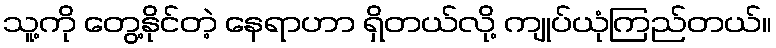
သူ့ကို တွေ့နိုင်တဲ့ နေရာဟာ ရှိတယ်လို့ ကျုပ်ယုံကြည်တယ်။